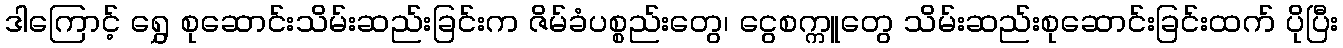
ဒါကြောင့် ရွှေ စုဆောင်းသိမ်းဆည်းခြင်းက ဇိမ်ခံပစ္စည်းတွေ၊ ငွေစက္ကူတွေ သိမ်းဆည်းစုဆောင်းခြင်းထက် ပိုပြီး